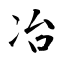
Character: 冶